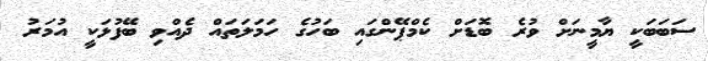
ސަބަބަކީ ޔާމީނަށް ވުރެ ބޮޑަށް ކެމްޕޭންގައި ބަހުގެ ހަމަލަތައް ދެއްވި ބޭފުޅަކީ އުމަރު